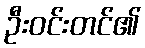
ဦးဝင်းတင်၏